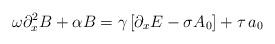
LaTeX: \begin{align*}\omega \partial _x^2B+\alpha B=\gamma \left[ \partial _xE-\sigma A_0\right]+\tau \,a_0 \end{align*}